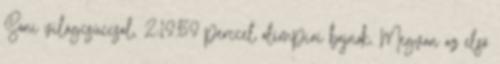
Soni világcsúccsal, 2:19.59 perccel olimpiai bajnok. Megvan az első